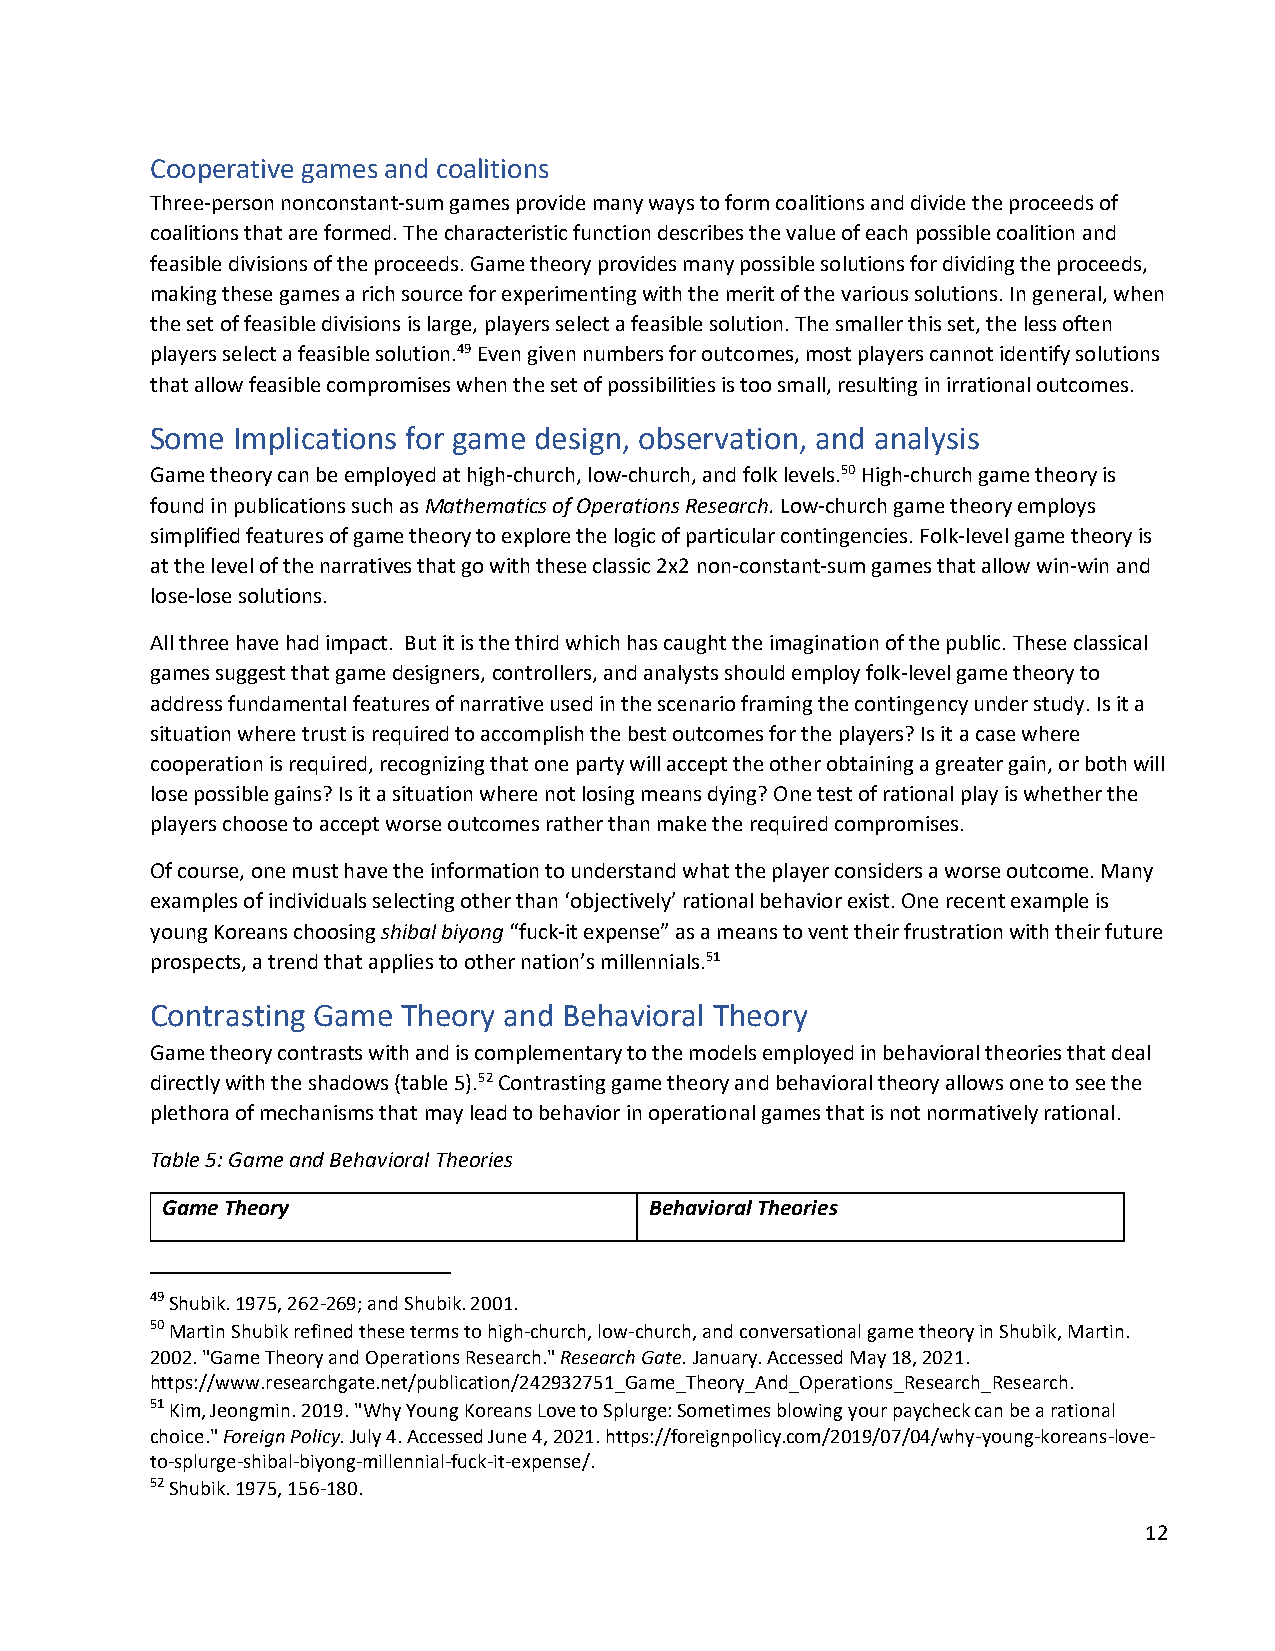
Cooperative games and coalitions
 Three-person nonconstant-sum games provide many ways to form coalitions and divide the proceeds of
 coalitions that are formed. The characteristic function describes the value of each possible coalition and
 feasible divisions of the proceeds. Game theory provides many possible solutions for dividing the proceeds,
 making these games a rich source for experimenting with the merit of the various solutions. In general, when
 the set of feasible divisions is large, players select a feasible solution. The smaller this set, the less often
 players select a feasible solution.49 Even given numbers for outcomes, most players cannot identify solutions
 that allow feasible compromises when the set of possibilities is too small, resulting in irrational outcomes.
 Some Implications for game design, observation, and analysis
 Game theory can be employed at high-church, low-church, and folk levels.50 High-church game theory is
 found in publications such as Mathematics of Operations Research. Low-church game theory employs
 simplified features of game theory to explore the logic of particular contingencies. Folk-level game theory is
 at the level of the narratives that go with these classic 2x2 non-constant-sum games that allow win-win and
 lose-lose solutions.
 All three have had impact. But it is the third which has caught the imagination of the public. These classical
 games suggest that game designers, controllers, and analysts should employ folk-level game theory to
 address fundamental features of narrative used in the scenario framing the contingency under study. Is it a
 situation where trust is required to accomplish the best outcomes for the players? Is it a case where
 cooperation is required, recognizing that one party will accept the other obtaining a greater gain, or both will
 lose possible gains? Is it a situation where not losing means dying? One test of rational play is whether the
 players choose to accept worse outcomes rather than make the required compromises.
 Of course, one must have the information to understand what the player considers a worse outcome. Many
 examples of individuals selecting other than ‘objectively’ rational behavior exist. One recent example is
 young Koreans choosing shibal biyong “fuck-it expense” as a means to vent their frustration with their future
 prospects, a trend that applies to other nation’s millennials.51
 Contrasting Game Theory and Behavioral Theory
 Game theory contrasts with and is complementary to the models employed in behavioral theories that deal
 directly with the shadows (table 5).52 Contrasting game theory and behavioral theory allows one to see the
 plethora of mechanisms that may lead to behavior in operational games that is not normatively rational.
 Table 5: Game and Behavioral Theories
 Game Theory                     Behavioral Theories
 49 Shubik. 1975, 262-269; and Shubik. 2001.
 50 Martin Shubik refined these terms to high-church, low-church, and conversational game theory in Shubik, Martin.
 2002. "Game Theory and Operations Research." Research Gate. January. Accessed May 18, 2021.
 https://www.researchgate.net/publication/242932751_Game_Theory_And_Operations_Research_Research.
 51 Kim, Jeongmin. 2019. "Why Young Koreans Love to Splurge: Sometimes blowing your paycheck can be a rational
 choice." Foreign Policy. July 4. Accessed June 4, 2021. https://foreignpolicy.com/2019/07/04/why-young-koreans-love-
 to-splurge-shibal-biyong-millennial-fuck-it-expense/.
 52 Shubik. 1975, 156-180.
 12